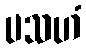
ပသဟံ